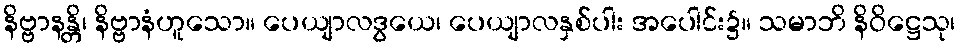
နိဗ္ဗာနန္တိ၊ နိဗ္ဗာနံဟူသော။ ပေယျာလဒွယေ၊ ပေယျာလနှစ်ပါး အပေါင်း၌။ သမာဘိ နိဝိဋ္ဌေသု၊